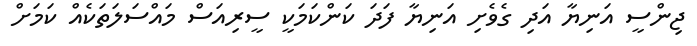
ޖިންސީ އަނިޔާ އަދި ގެވެށި އަނިޔާ ފަދަ ކަންކަމަކީ ސީރިއަސް މައްސަލަތަކެއް ކަމަށް